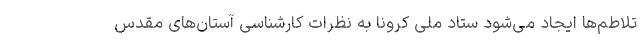
تلاطم‌ها ایجاد می‌شود ستاد ملی کرونا به نظرات کارشناسی آستان‌های مقدس